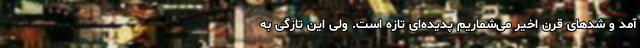
آمد و شدهای قرن اخیر می‌شماریم پدیده‌ای تازه است. ولی این تازگی به